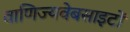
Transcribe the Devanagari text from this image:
वाणिज्यवेबसाइटों